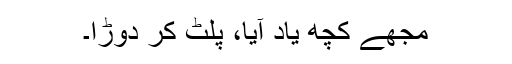
مجھے کچھ یاد آیا، پلٹ کر دوڑا۔